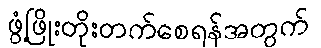
ဖွံ့ဖြိုးတိုးတက်စေရန်အတွက်